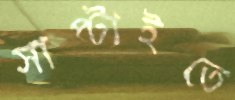
সাপ্‌টাইতে